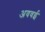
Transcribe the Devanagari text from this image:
अववई